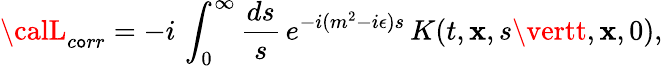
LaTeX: {\calL}_{c\mathtt{o}rr}=-i\, \int_{0}^{\infty}{\frac{{ds}}{{s}}}\, e^{-i(m^{2}-i\epsilon)s}\, K(t,{\mathbf{x}},s\vertt,{\mathbf{x}},0),